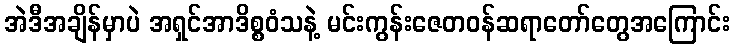
အဲဒီအချိန်မှာပဲ အရှင်အာဒိစ္စဝံသနဲ့ မင်းကွန်းဇေတဝန်ဆရာတော်တွေအကြောင်း